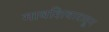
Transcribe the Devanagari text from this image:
गावशिवारातून